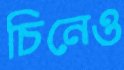
চিনেও